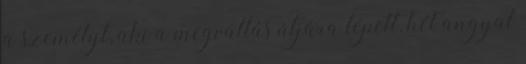
a személyt, aki a megváltás útjára lépett, hét angyal